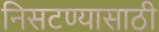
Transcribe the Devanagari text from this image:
निसटण्यासाठी